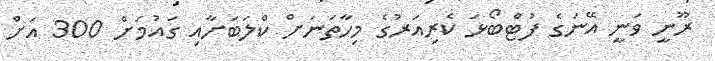
ރޫނީ ވަނީ އޭނަގެ ފުޓްބޯޅަ ކެރިއަރުގެ މިހާތަނަށް ކްލަބަށާއި ގައުމަށް 300 އަށް